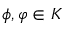
\phi , \varphi \in K